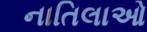
નાતિલાઓ